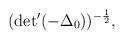
LaTeX: \begin{align*}({\rm det}^{\prime} (-{\Delta}_0))^{-\frac{1}{2}},\end{align*}